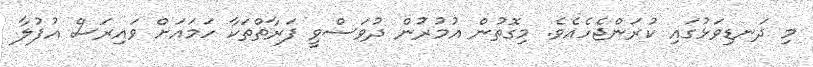
މި ދަނޑިވަޅުގައި ކުރަންޖެހެއެވެ. މިގޮތުން އުމުރުން ދުވަސްވީ ފަރާތްތަކާ ހަމައަށް ވައިރަސް އުފުލާ